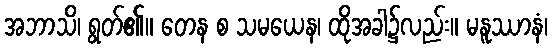
အဘာသိ၊ ရွတ်၏။ တေန စ သမယေန၊ ထိုအခါ၌လည်း။ မနူဿာနံ၊